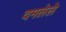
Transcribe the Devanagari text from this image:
दमलेले